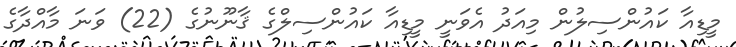
މީޑިއާ ކައުންސިލުން މިއަދު އެވަނީ މީޑިއާ ކައުންސިލްގެ ޤާނޫނުގެ (22) ވަނަ މާއްދާގެ